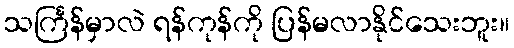
သင်္ကြန်မှာလဲ ရန်ကုန်ကို ပြန်မလာနိုင်သေးဘူး။